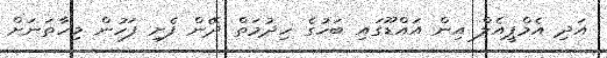
އަދި އެމްޕީއެލް އިން އައްޑޫގައި ބަހުގެ ހިދުމަތް ދޭން ފެށި ފަހުން މިހާތަނަށް